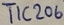
Text: TIC206